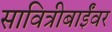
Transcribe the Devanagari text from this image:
सावित्रीबाईंवर